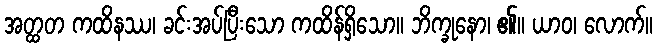
အတ္ထတ ကထိနဿ၊ ခင်းအပ်ပြီးသော ကထိန်ရှိသော။ ဘိက္ခုနော၊ ၏။ ယာဝ၊ လောက်။